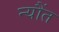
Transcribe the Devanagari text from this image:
न्यौंत